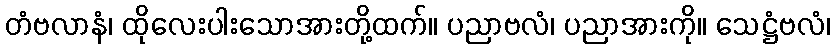
တံဗလာနံ၊ ထိုလေးပါးသောအားတို့ထက်။ ပညာဗလံ၊ ပညာအားကို။ သေဋ္ဌံဗလံ၊